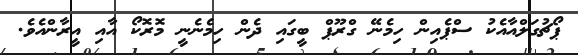
ޕޯޗުގަލްއާއެކު ސްޕެއިން ހިމެނޭ ގްރޫޕް ބީގައި ދެން ހިމެނެނީ މޮރޮކޯ އާއި އީރާންއެވެ.